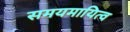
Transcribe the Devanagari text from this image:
समयमायित्व